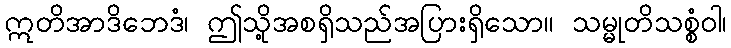
ဣတိအာဒိဘေဒံ၊ ဤသို့အစရှိသည်အပြားရှိသော။ သမ္မုတိသစ္စံဝါ၊